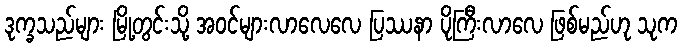
ဒုက္ခသည်များ မြို့တွင်းသို့ အဝင်များလာလေလေ ပြဿနာ ပိုကြီးလာလေ ဖြစ်မည်ဟု သုက